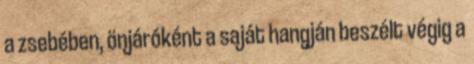
a zsebében, önjáróként a saját hangján beszélt végig a